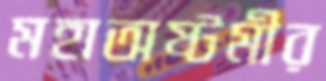
মহাঅষ্টমীর